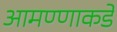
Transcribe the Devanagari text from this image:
आमण्णाकडे